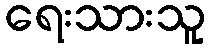
ရေးသားသူ